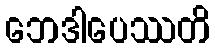
ဘေဒါပေဿတိ